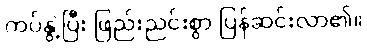
ကပ်နွဲ့ပြီး ဖြည်းညင်းစွာ ပြန်ဆင်းလာ၏။